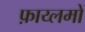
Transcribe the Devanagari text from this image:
फ़ाय्लमों